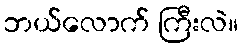
ဘယ်လောက် ကြီးလဲ။